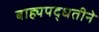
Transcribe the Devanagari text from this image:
बाह्यपद्धतीने